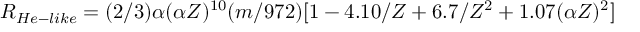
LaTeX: R _ { H e - l i k e } = ( 2 / 3 ) \alpha ( \alpha Z ) ^ { 1 0 } ( m / 9 7 2 ) [ 1 - 4 . 1 0 / Z + 6 . 7 / Z ^ { 2 } + 1 . 0 7 ( \alpha Z ) ^ { 2 } ]